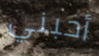
أحبني